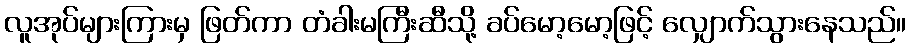
လူအုပ်များကြားမှ ဖြတ်ကာ တံခါးမကြီးဆီသို့ ခပ်မော့မော့ဖြင့် လျှောက်သွားနေသည်။